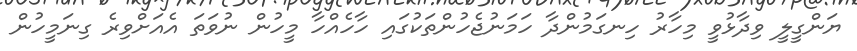
ޔަންގީލީ ވިދާޅުވީ މިހާރު ހިނގަމުންދާ ހަމަނުޖެހުންތަކުގައި ހާހެއްހާ މީހުން ނުވަތަ އެއަށްވިރެ ގިނަމީހުން